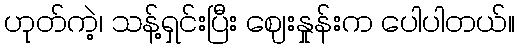
ဟုတ်ကဲ့၊ သန့်ရှင်းပြီး ဈေးနှုန်းက ပေါပါတယ်။